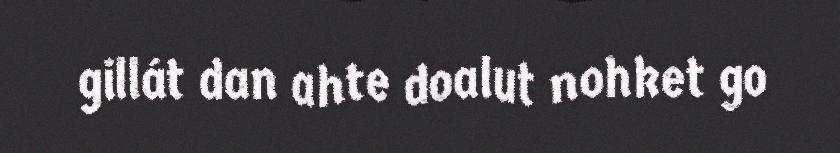
gillát dan ahte doalut nohket go